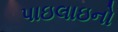
પાઇલાઇનો